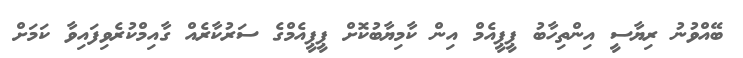
ބޭއްވުނު ރިޔާސީ އިންތިހާބު ޕީޕީއެމް އިން ކާމިޔާބުކޮށް ޕީޕީއެމްގެ ސަރުކާރެއް ގާއިމްކުރެވިފައިވާ ކަމަށް